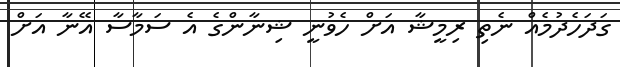
ގަދަހެދުމެއް ނެތި ރިމީޝާ އަށް ހެވުނީ ޝިނާންގެ އެ ސަމާސާ އޭނާ އަށް